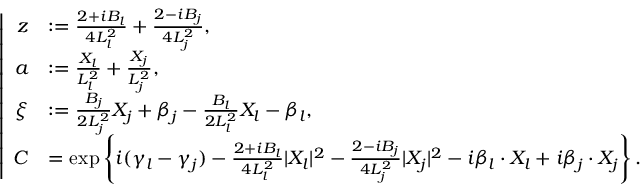
\left| \begin{array} { r l } { z } & { : = \frac { 2 + i B _ { l } } { 4 L _ { l } ^ { 2 } } + \frac { 2 - i B _ { j } } { 4 L _ { j } ^ { 2 } } , } \\ { a } & { : = \frac { X _ { l } } { L _ { l } ^ { 2 } } + \frac { X _ { j } } { L _ { j } ^ { 2 } } , } \\ { \xi } & { : = \frac { B _ { j } } { 2 L _ { j } ^ { 2 } } X _ { j } + \beta _ { j } - \frac { B _ { l } } { 2 L _ { l } ^ { 2 } } X _ { l } - \beta _ { l } , } \\ { C } & { = \exp \left\{ i ( \gamma _ { l } - \gamma _ { j } ) - \frac { 2 + i B _ { l } } { 4 L _ { l } ^ { 2 } } | X _ { l } | ^ { 2 } - \frac { 2 - i B _ { j } } { 4 L _ { j } ^ { 2 } } | X _ { j } | ^ { 2 } - i \beta _ { l } \cdot X _ { l } + i \beta _ { j } \cdot X _ { j } \right\} . } \end{array} \right.